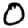
Digit: 0